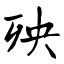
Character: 殃